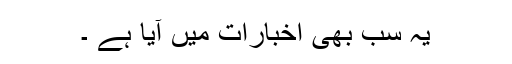
یہ سب بھی اخبارات میں آیا ہے ۔